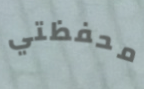
محفظتي